Civil Veterinary Dept. Assam report 1927-50 - 1927-1950
Year: 1927
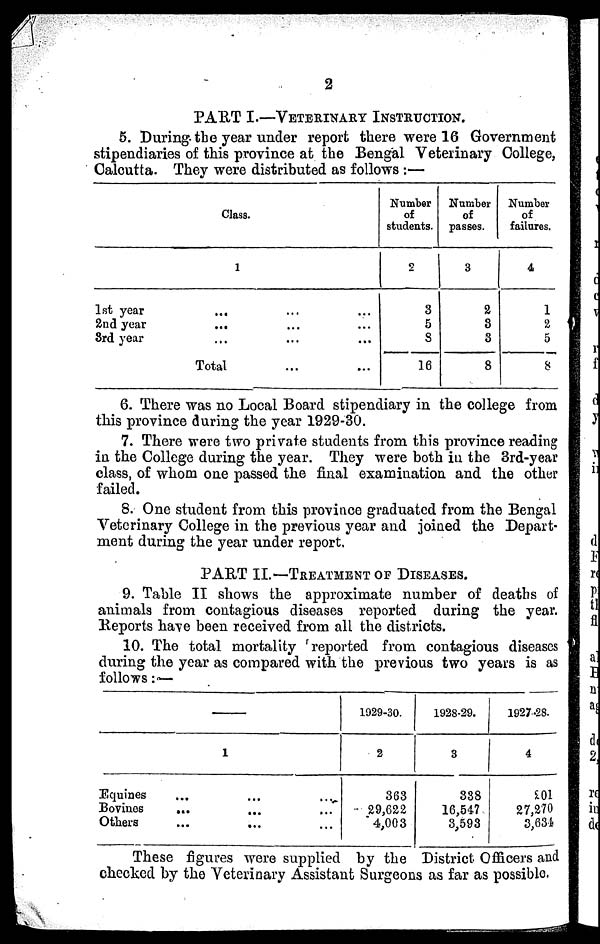
2
PART I.—VETERINARY INSTRUCTION.
5. During the year under report there were 16 Government
stipendiaries of this province at the Bengal Veterinary College,
Calcutta. They were distributed as follows:—
Class.
1
1st year ... ... ...
2nd year
... ... ...
3rd year ... ... ...
Total ... ...
Number
of
students.
2
3
5
8
16
Number
of
passes.
3
2
3
8
8
Number
of
failures.
4
1
2
5
8
6. There was no Local Board stipendiary in the college from
this province during the year 1929-30.
7. There were two private students from this province reading
in the College during the year. They were both in the 3rd-year
class, of whom one passed the final examination and the other
failed.
8. One student from this province graduated from the Bengal
Veterinary College in the previous year and joined the Depart-
ment during the year under report.
PART II.—TREATMENT OF DISEASES.
9. Table II shows the approximate number of deaths of
animals from contagious diseases reported during the year.
Reports have been received from all the districts.
10. The total mortality reported from contagious diseases
during the year as compared with the previous two years is as
follows:—
1
Equines ... ... ...
Bovines ... ... ...
Others ... ... ...
1929-30.
2
363
29,622
4,003
1928-29.
8
338
16,547
3,593
1927-28.
4
201
27,270
3,634
These figures were supplied by the District Officers and
checked by the Veterinary Assistant Surgeons as far as possible.